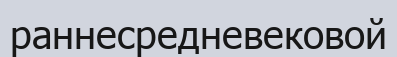
раннесредневековой